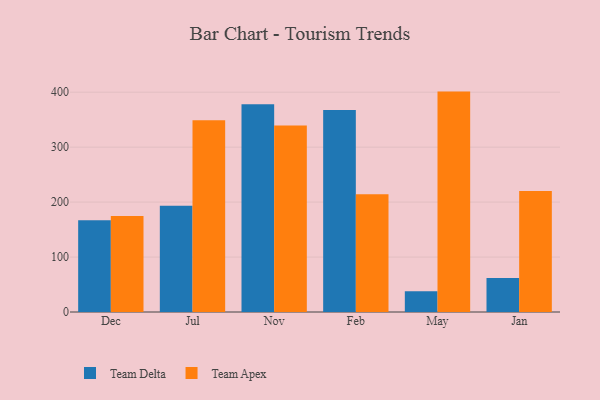
{"axis": {"x": "Month", "y": "Revenue (USD Million)"}, "legend": ["Team Apex", "Team Delta"], "data": [{"x": "Dec", "y": 166.8, "type": "Team Delta"}, {"x": "Dec", "y": 174.6, "type": "Team Apex"}, {"x": "Jul", "y": 193.4, "type": "Team Delta"}, {"x": "Jul", "y": 349.0, "type": "Team Apex"}, {"x": "Nov", "y": 378.1, "type": "Team Delta"}, {"x": "Nov", "y": 339.4, "type": "Team Apex"}, {"x": "Feb", "y": 367.6, "type": "Team Delta"}, {"x": "Feb", "y": 214.1, "type": "Team Apex"}, {"x": "May", "y": 37.8, "type": "Team Delta"}, {"x": "May", "y": 401.1, "type": "Team Apex"}, {"x": "Jan", "y": 62.1, "type": "Team Delta"}, {"x": "Jan", "y": 220.3, "type": "Team Apex"}]}